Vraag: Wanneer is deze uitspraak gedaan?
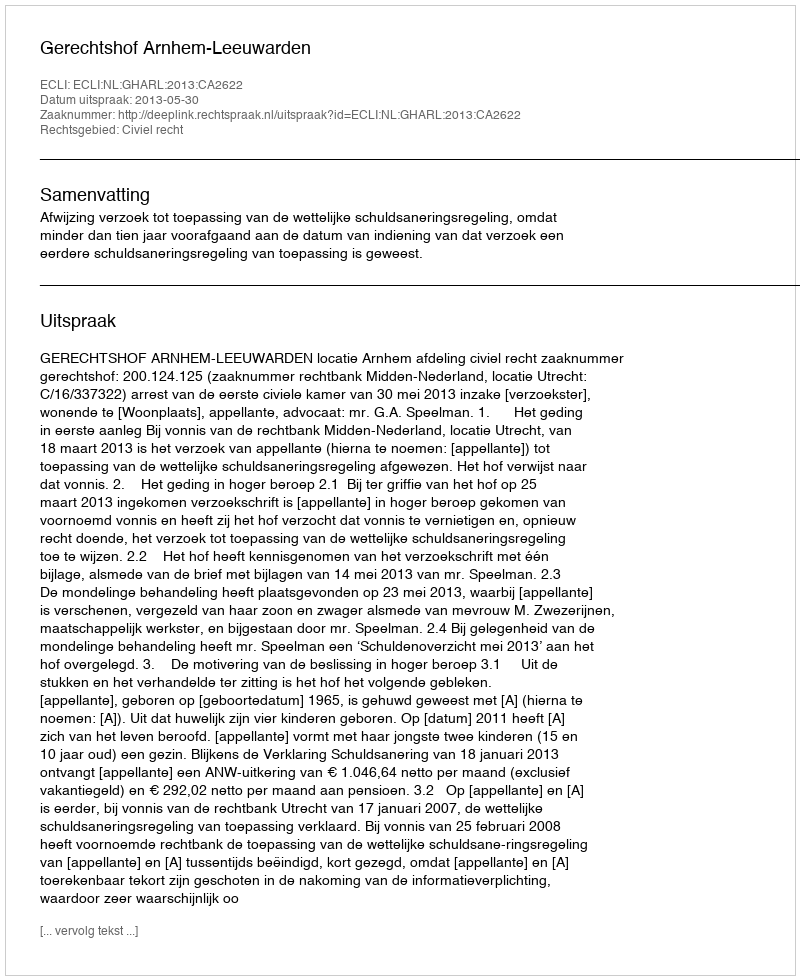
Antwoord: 2013-05-30